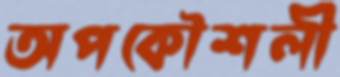
অপকৌশলী